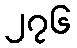
၂၇၆